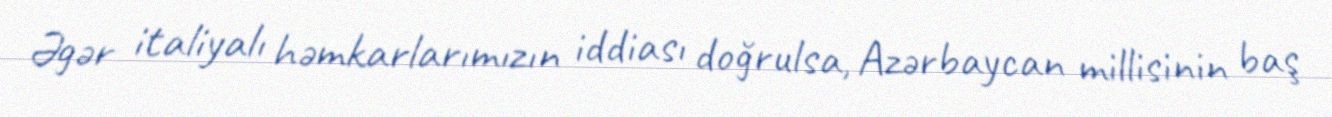
Əgər italiyalı həmkarlarımızın iddiası doğrulsa, Azərbaycan millisinin baş